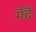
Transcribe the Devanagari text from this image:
मैदै